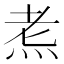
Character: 𪸦